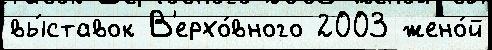
вы́ставок В'ерхо́вного 2003 жено́й